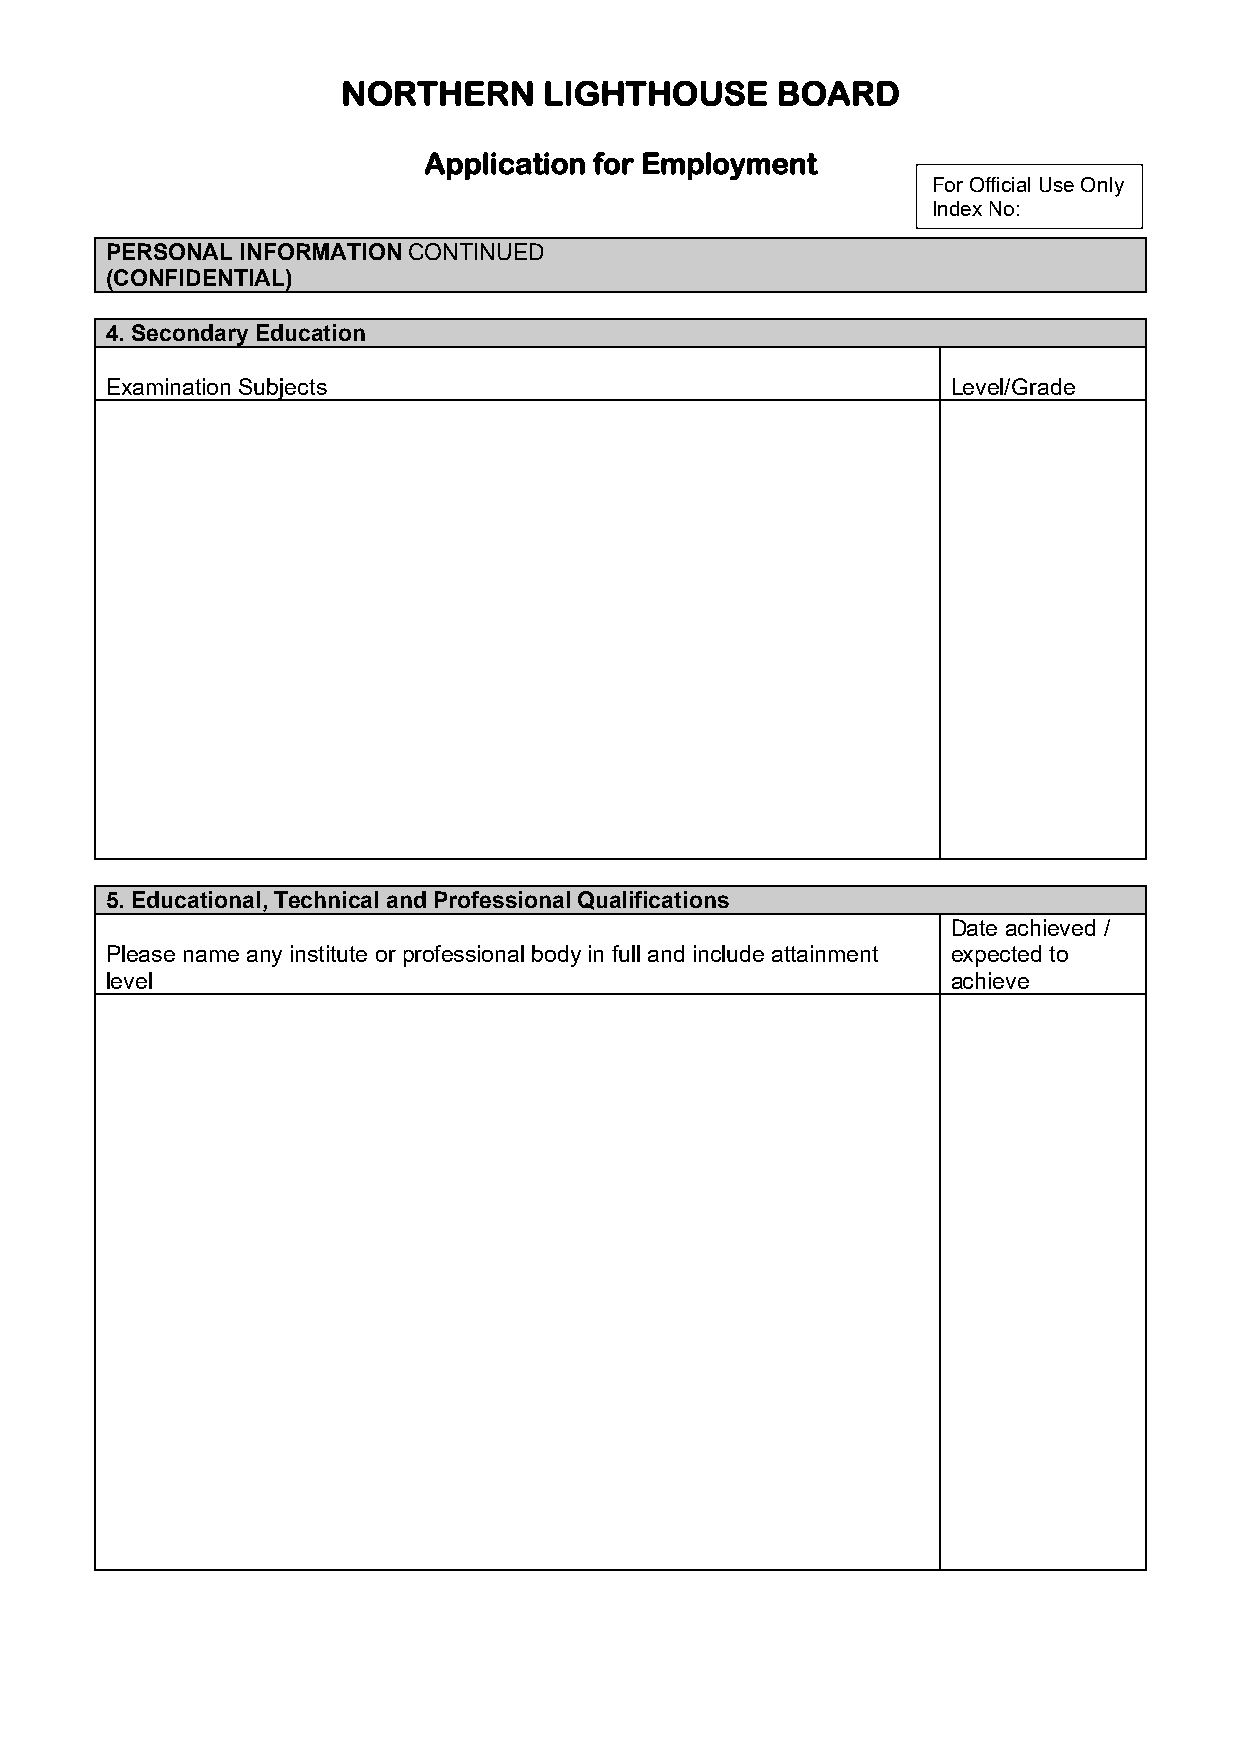
NORTHERN     LIGHTHOUSE     BOARD
 Application for Employment
 For Official Use Only
 Index No:
 PERSONAL INFORMATION CONTINUED
 (CONFIDENTIAL)
 4. Secondary Education
 Examination Subjects                                    Level/Grade
 5. Educational, Technical and Professional Qualifications
 Date achieved /
 Please name any institute or professional body in full and include attainment expected to
 level                                                   achieve